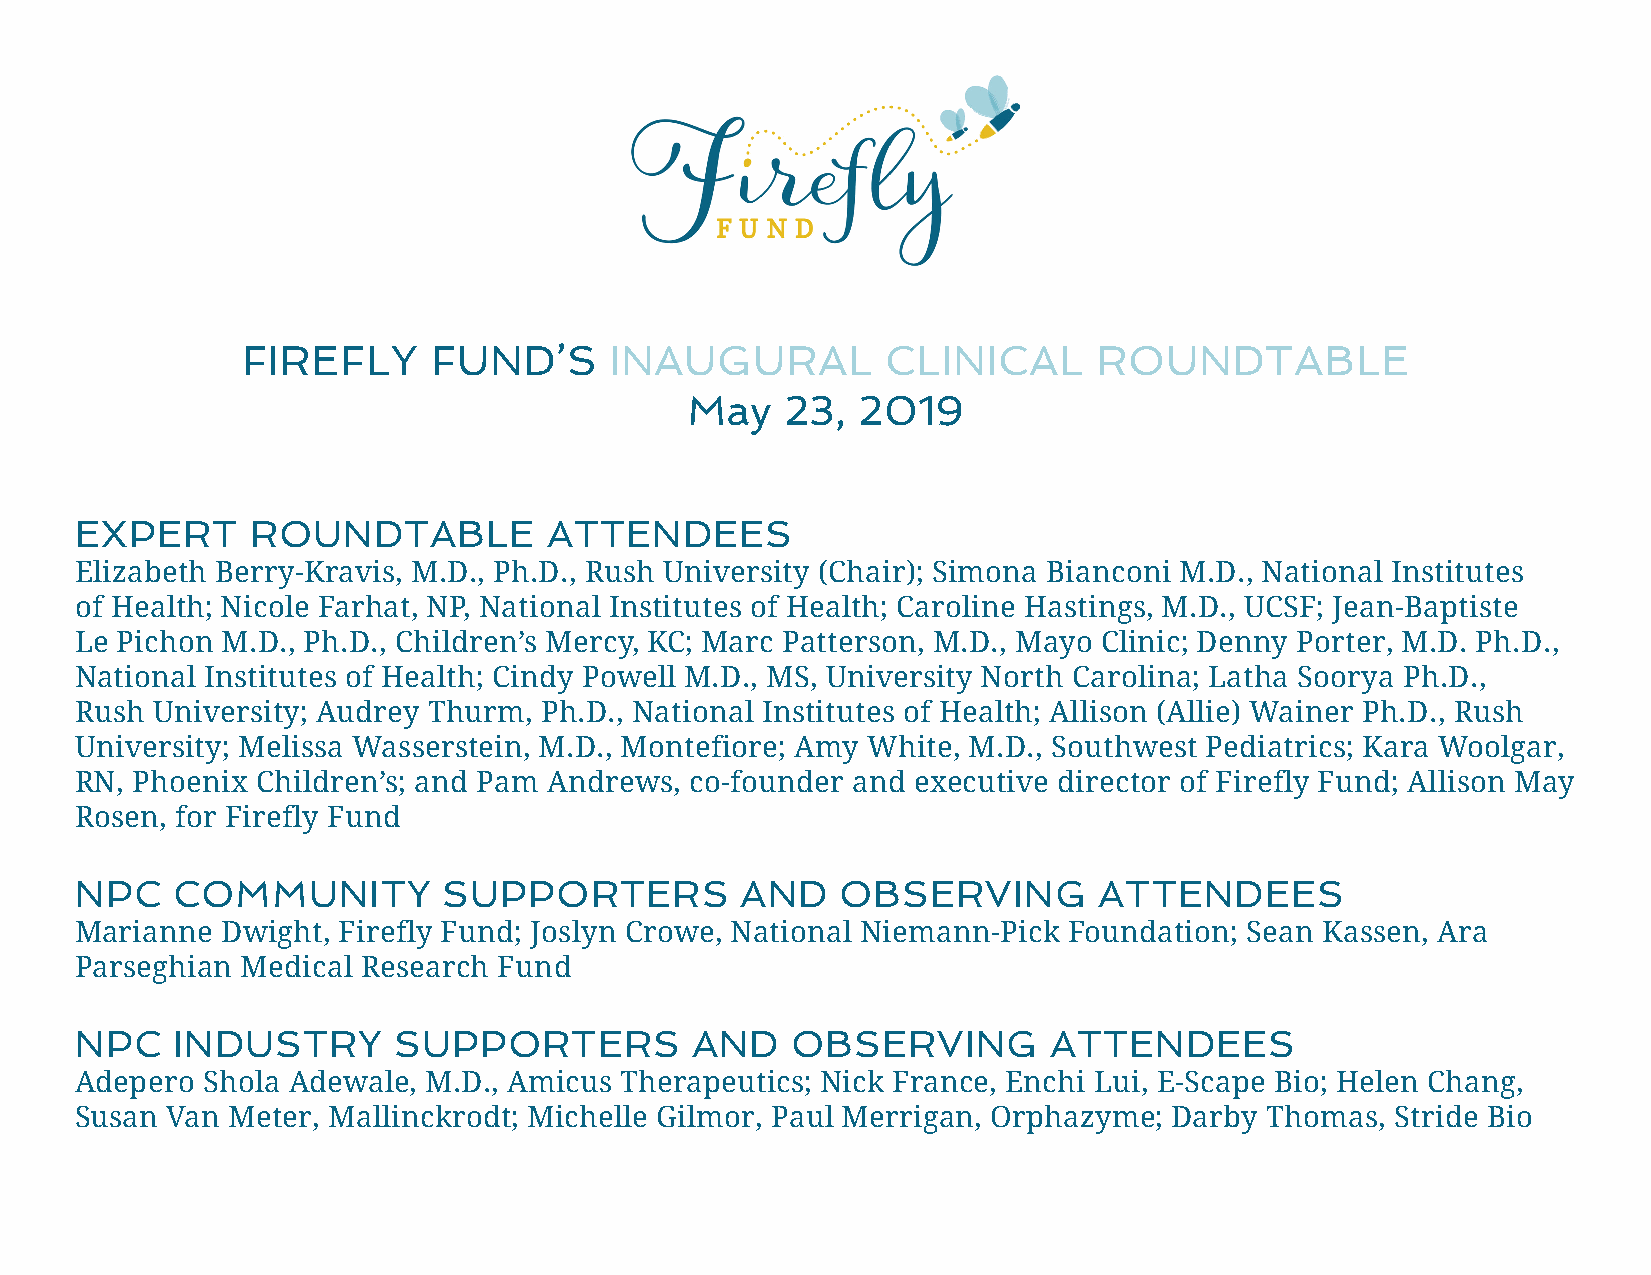
FIREFLY     FUND’S      INAUGURAL          CLINICAL      ROUNDTABLE
 May    23,  2019
 EXPERT      ROUNDTABLE         ATTENDEES
 Elizabeth Berry-Kravis, M.D., Ph.D., Rush University (Chair); Simona Bianconi M.D., National Institutes
 of Health; Nicole Farhat, NP, National Institutes of Health; Caroline Hastings, M.D., UCSF; Jean-Baptiste
 Le Pichon M.D., Ph.D., Children’s Mercy, KC; Marc Patterson, M.D., Mayo Clinic; Denny Porter, M.D. Ph.D.,
 National Institutes of Health; Cindy Powell M.D., MS, University North Carolina; Latha Soorya Ph.D.,
 Rush University; Audrey Thurm, Ph.D., National Institutes of Health; Allison (Allie) Wainer Ph.D., Rush
 University; Melissa Wasserstein, M.D., Montefiore; Amy White, M.D., Southwest Pediatrics; Kara Woolgar,
 RN, Phoenix Children’s; and Pam Andrews, co-founder and executive director of Firefly Fund; Allison May
 Rosen, for Firefly Fund
 NPC   COMMUNITY         SUPPORTERS          AND    OBSERVING        ATTENDEES
 Marianne  Dwight, Firefly Fund; Joslyn Crowe, National Niemann-Pick Foundation; Sean Kassen, Ara
 Parseghian Medical Research Fund
 NPC   INDUSTRY       SUPPORTERS          AND   OBSERVING        ATTENDEES
 Adepero Shola Adewale, M.D., Amicus Therapeutics; Nick France, Enchi Lui, E-Scape Bio; Helen Chang,
 Susan Van Meter, Mallinckrodt; Michelle Gilmor, Paul Merrigan, Orphazyme; Darby Thomas, Stride Bio